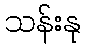
သန်းနု